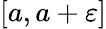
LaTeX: [a,a+\varepsilon]